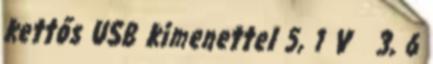
kettős USB kimenettel 5, 1 V 3, 6